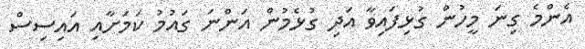
އެންމެ ގިނަ މީހުން ގުޅިފައިވާ އަދި ގުޅެމުން އަންނަ ގައުމު ކަމަށާއި އައިސިސް